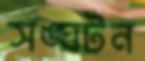
সঙ্ঘটন